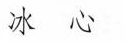
冰心